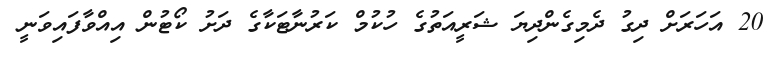
20 އަހަރަށް ދިގު ދެމިގެންދިޔަ ޝަރީއަތުގެ ހުކުމް ކަރުނާޓަކާގެ ދަށު ކޯޓުން އިއްވާފައިވަނީ